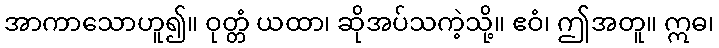
အာကာသောဟူ၍။ ဝုတ္တံ ယထာ၊ ဆိုအပ်သကဲ့သို့။ ဧဝံ၊ ဤအတူ။ ဣဓ၊